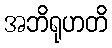
အဘိရုဟတိ